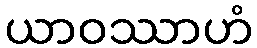
ယာဝဿာဟံ